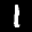
Label: 1